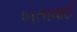
બતાવાઈ